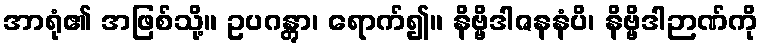
အာရုံ၏ အဖြစ်သို့။ ဥပဂန္တွာ၊ ရောက်၍။ နိဗ္ဗိဒါဇနနံပိ၊ နိဗ္ဗိဒါဉာဏ်ကို